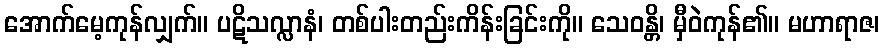
အောက်မေ့ကုန်လျှက်။ ပဋိသလ္လာနံ၊ တစ်ပါးတည်းကိန်းခြင်းကို။ သေဝန္တိ၊ မှီဝဲကုန်၏။ မဟာရာဇ၊